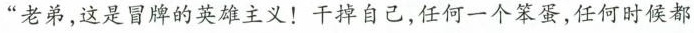
”老弟，这是冒牌的英雄主义！干掉自己，任何一个笨蛋，任何时候都